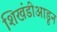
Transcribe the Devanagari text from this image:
शिखंडीआडून